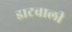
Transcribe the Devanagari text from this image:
डाटवाली